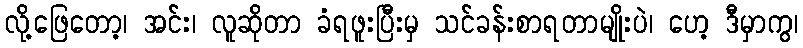
လို့ဖြေတော့၊ အင်း၊ လူဆိုတာ ခံရဖူးပြီးမှ သင်ခန်းစာရတာမျိုးပဲ၊ ဟေ့ ဒီမှာကွ၊